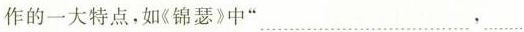
作的一大特点，如《锦瑟》中” ___，___